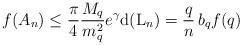
LaTeX: \begin{align*}f(A_n) \le \frac{\pi}{4}\frac{M_q}{m_q^2}e^\gamma {\rm d}({\rm L}_n) = \frac{q}{n}\,b_q f(q)\end{align*}